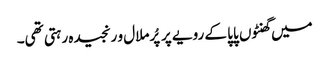
میں گھنٹوں پاپا کے رویے پر پُرملال و رنجیدہ رہتی تھی۔